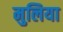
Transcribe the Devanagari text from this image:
मुलिया